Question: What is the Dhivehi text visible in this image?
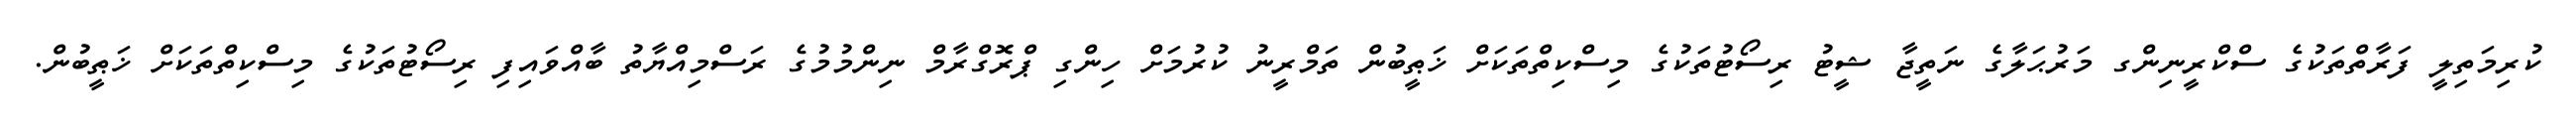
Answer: ކުރިމަތިލީ ފަރާތްތަކުގެ ސްކްރީނިންގ މަރުޙަލާގެ ނަތީޖާ ޝީޓު ރިސޯޓުތަކުގެ މިސްކިތްތަކަށް ޚަޠީބުން ތަމްރީނު ކުރުމަށް ހިންގި ޕްރޮގްރާމް ނިންމުމުގެ ރަސްމިއްޔާތު ބާއްވައިފި ރިސޯޓުތަކުގެ މިސްކިތްތަކަށް ޚަޠީބުން.